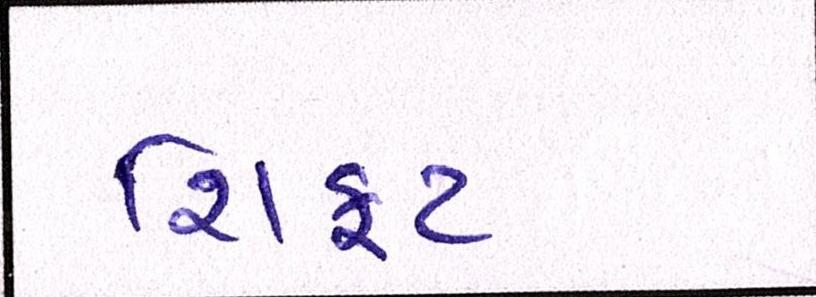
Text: શિફટ